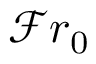
\mathcal { F } r _ { 0 }